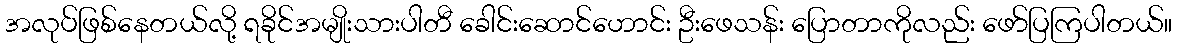
အလုပ်ဖြစ်နေတယ်လို့ ရခိုင်အမျိုးသားပါတီ ခေါင်းဆောင်ဟောင်း ဦးဖေသန်း ပြောတာကိုလည်း ဖော်ပြကြပါတယ်။